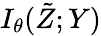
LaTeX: I_{\theta}(\tilde{Z};Y)